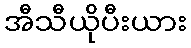
အီသီယိုပီးယား